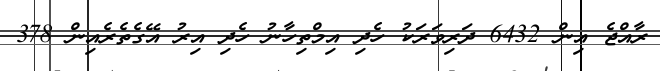
ރާއްޖެ އިން 6432 ދަރިވަރަކު ހެދި އިމްތިހާނު ހެދި އިރު އޭގެތެރެއިން 378